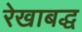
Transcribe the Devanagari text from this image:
रेखाबद्ध